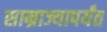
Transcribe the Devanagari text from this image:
साम्राज्यापर्यंत